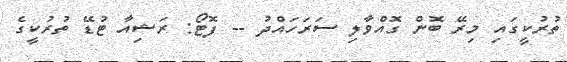
ތުރުކީގައި މިރޭ ބޮން ގޮއްވާލި ސަރަހައްދު -- ފޮޓޯ: ރަޝިއާ ޓުޑޭ ތުރުކީގެ